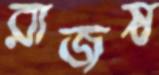
রাজস্ব